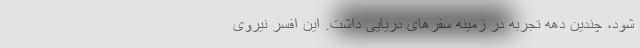
شود، چندین دهه تجربه در زمینه سفرهای دریایی داشت. این افسر نیروی